Indian journal of veterinary science and animal husbandry - Volume 6,
Year: 1936
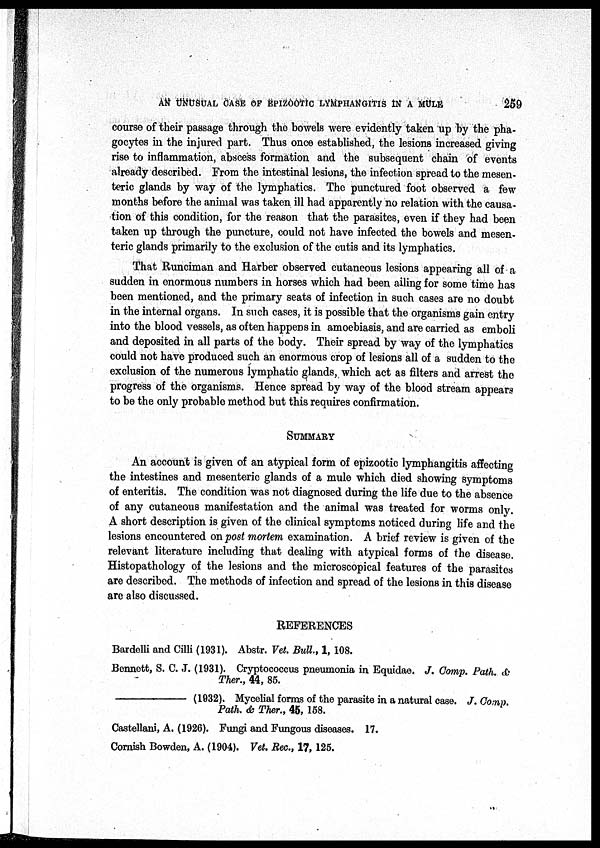
AN UNUSUAL CASE OF EPIZOOTIC LYMPHANGITIS IN A MULE
259
course of their passage through the bowels were evidently taken up by the pha-
gocytes in the injured part. Thus once established, the lesions increased giving
rise to inflammation, abscess formation and the subsequent chain of events
already described. From the intestinal lesions, the infection spread to the mesen-
teric glands by way of the lymphatics. The punctured foot observed a few
months before the animal was taken ill had apparently no relation with the causa.
tion of this condition, for the reason that the parasites, even if they had been
taken up through the puncture, could not have infected the bowels and mesen-
teric glands primarily to the exclusion of the cutis and its lymphatics.
That Runciman and Harber observed cutaneous lesions appearing all of a
sudden in enormous numbers in horses which had been ailing for some time has
been mentioned, and the primary seats of infection in such cases are no doubt
in the internal organs. In such cases, it is possible that the organisms gain entry
into the blood vessels, as often happens in amoebiasis, and are carried as emboli
and deposited in all parts of the body. Their spread by way of the lymphatics
could not have produced such an enormous crop of lesions all of a sudden to the
exclusion of the numerous lymphatic glands, which act as filters and arrest the
progress of the organisms. Hence spread by way of the blood stream appears
to be the only probable method but this requires confirmation.
SUMMARY
An account is given of an atypical form of epizootic lymphangitis affecting
the intestines and mesenteric glands of a mule which died showing symptoms
of enteritis. The condition was not diagnosed during the life due to the absence
of any cutaneous manifestation and the animal was treated for worms only.
A short description is given of the clinical symptoms noticed during life and the
lesions encountered on post mortem examination. A brief review is given of the
relevant literature including that dealing with atypical forms of the disease.
Histopathology of the lesions and the microscopical features of the parasites
are described. The methods of infection and spread of the lesions in this disease
are also discussed.
REFERENCES
Bardelli and Cilli (1931). Abstr. Vet. Bull., 1, 108.
Bennett, S. C. J. (1931). Cryptococcus pneumonia in Equidae. J. Comp. Path. &
Ther., 44, 85.
–––––––––– (1032). Mycelial forms of the parasite in a natural case. J. Comp.
Path. & Ther., 45, 158.
Castellani, A. (1926). Fungi and Fungous diseases. 17.
Cornish Bowden, A. (1904). Vet. Rec., 17, 125.